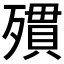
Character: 𣩔